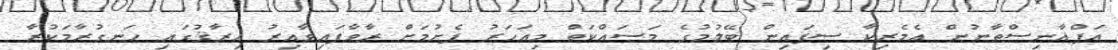
އަފްޣާނިސްތާނުން އެމެރިކާ ސިފައިން ބޭލުމުގެ މަސައްކަތް މިއަހަރު ފެށުމަށް ރާވާފައިވާއިރު ޢިރާޤުގައި ހަނގުރާމަކުރާ